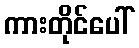
ကားတိုင်ပေါ်